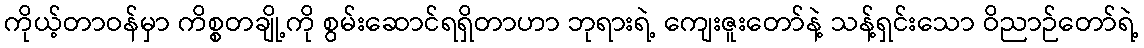
ကိုယ့်တာဝန်မှာ ကိစ္စတချို့ကို စွမ်းဆောင်ရရှိတာဟာ ဘုရားရဲ့ ကျေးဇူးတော်နဲ့ သန့်ရှင်းသော ဝိညာဉ်တော်ရဲ့